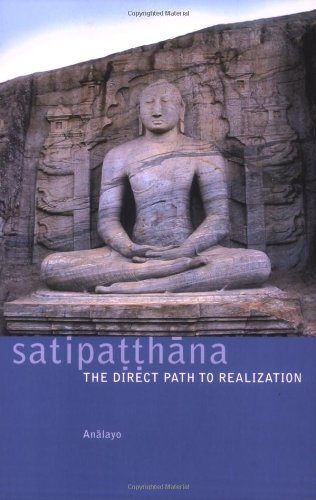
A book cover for Satipatthana: The Direct Path to Realization; Analayo; Religion & Spirituality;